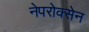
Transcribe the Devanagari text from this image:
नेपरोक्सेन